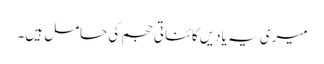
میری یہ یادیں کائناتی حجم کی حامل ہیں۔